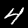
Digit: 4